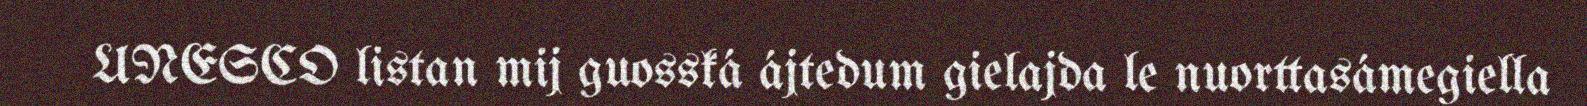
UNESCO listan mij guosská ájtedum gielajda le nuorttasámegiella